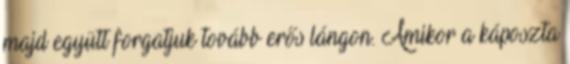
majd együtt forgatjuk tovább erős lángon. Amikor a káposzta